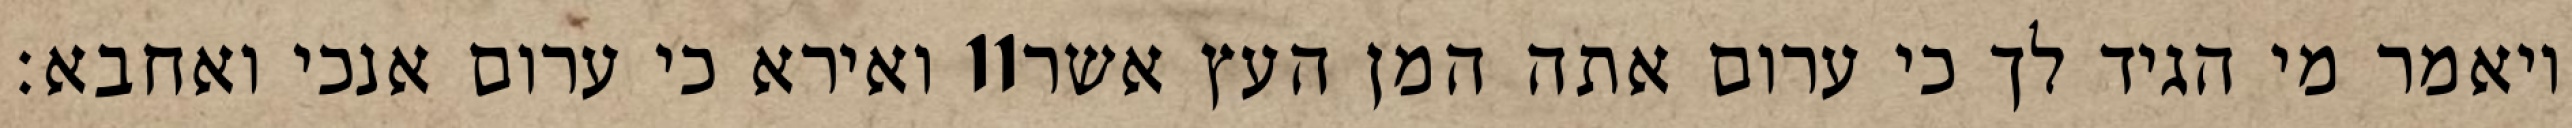
ואירא כי ערום אנכי ואחבא׃ ‎11‏ ויאמר מי הגיד לך כי ערום אתה המן העץ אשר